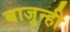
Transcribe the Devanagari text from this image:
बाजुन्ही